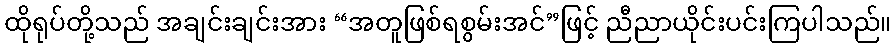
ထိုရုပ်တို့သည် အချင်းချင်းအား “အတူဖြစ်ရစွမ်းအင်”ဖြင့် ညီညာယိုင်းပင်းကြပါသည်။